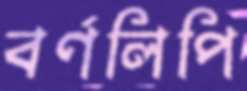
বর্ণলিপি